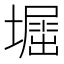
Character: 𡒈